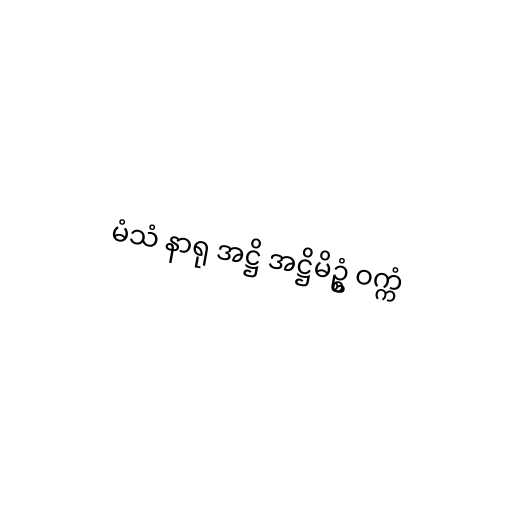
မံသံ နာရု အဋ္ဌိ အဋ္ဌိမိဥ္စံ ဝက္ကံ